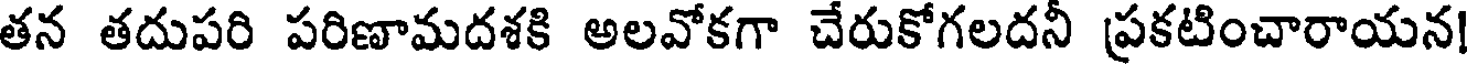
తన తదుపరి పరిణామదశకి అలవోకగా చేరుకోగలదనీ ప్రకటించారాయన